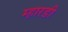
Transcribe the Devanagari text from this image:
म्हारडी